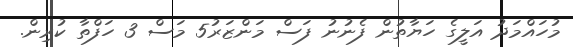
މުހައްމަދު އަލީގެ ހަޔާތުން ފެނުނު ފަސް މަންޒަރު5 މަސް 3 ހަފްތާ ކުރިން.